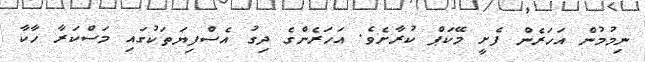
ނިމުމުން އަހަރެން ފެށީ މޭކަޕް ކުރާށެވެ. އަހަރެންގެ ދިގު އެސްފިޔަތަކުގައި މަސްކަރާ ހާކާ